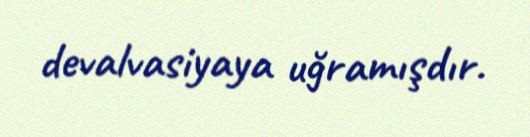
devalvasiyaya uğramışdır.